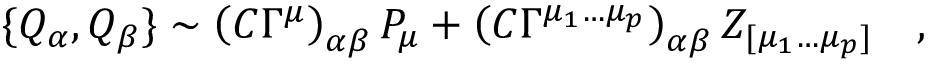
\{ Q _ { \alpha } , Q _ { \beta } \} \sim \left( C \Gamma ^ { \mu } \right) _ { \alpha \beta } P _ { \mu } + \left( C \Gamma ^ { \mu _ { 1 } \ldots \mu _ { p } } \right) _ { \alpha \beta } Z _ { [ \mu _ { 1 } \ldots \mu _ { p } ] } \quad ,